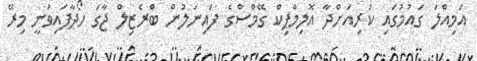
އަމިއްލަ ގައުމުގައި ކުރިއަށްދާ އޮލިމްޕިކް ގޭމްސްގެ ފައިނަލުން ބްރެޒިލް ޖާގަ ހޯދާފައިވަނީ މިރޭ